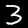
Digit: 3